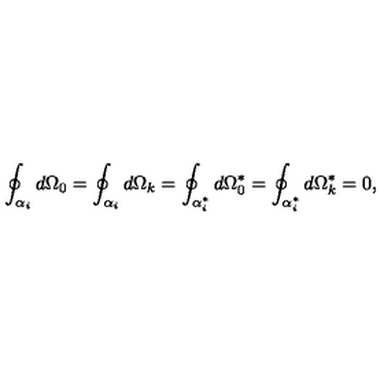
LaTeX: \oint _ { \alpha _ { i } } d \Omega _ { 0 } = \oint _ { \alpha _ { i } } d \Omega _ { k } = \oint _ { \alpha _ { i } ^ { * } } d \Omega _ { 0 } ^ { * } = \oint _ { \alpha _ { i } ^ { * } } d \Omega _ { k } ^ { * } = 0 ,